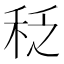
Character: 𱶀